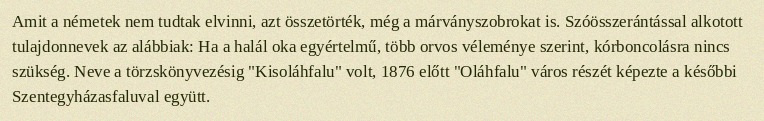
Amit a németek nem tudtak elvinni, azt összetörték, még a márványszobrokat is. Szóösszerántással alkotott tulajdonnevek az alábbiak: Ha a halál oka egyértelmű, több orvos véleménye szerint, kórboncolásra nincs szükség. Neve a törzskönyvezésig "Kisoláhfalu" volt, 1876 előtt "Oláhfalu" város részét képezte a későbbi Szentegyházasfaluval együtt.